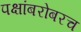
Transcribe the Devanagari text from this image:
पक्षांबरोबरच